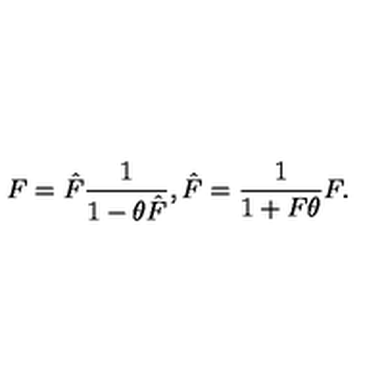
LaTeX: F = \hat { F } \frac { 1 } { 1 - \theta \hat { F } } , \hat { F } = \frac { 1 } { 1 + F \theta } F .